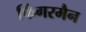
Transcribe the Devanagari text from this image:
फिंगरमैन